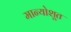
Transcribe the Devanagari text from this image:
मान्योशूत